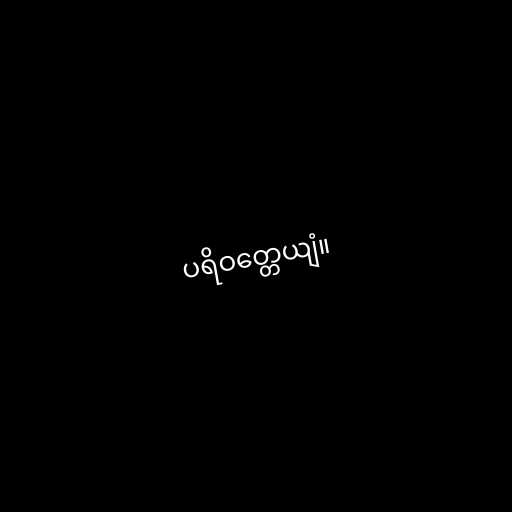
ပရိဝတ္တေယျံ။